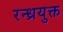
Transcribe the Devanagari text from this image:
रन्ध्रयुक्त